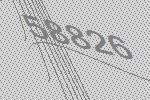
58826